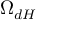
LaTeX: \Omega _ { d H }